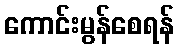
ကောင်းမွန်စေရန်